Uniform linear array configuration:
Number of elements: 64
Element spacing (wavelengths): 1
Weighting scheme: uniform
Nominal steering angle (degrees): -45
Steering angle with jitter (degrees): -46.501
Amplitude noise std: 0.05
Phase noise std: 0.05

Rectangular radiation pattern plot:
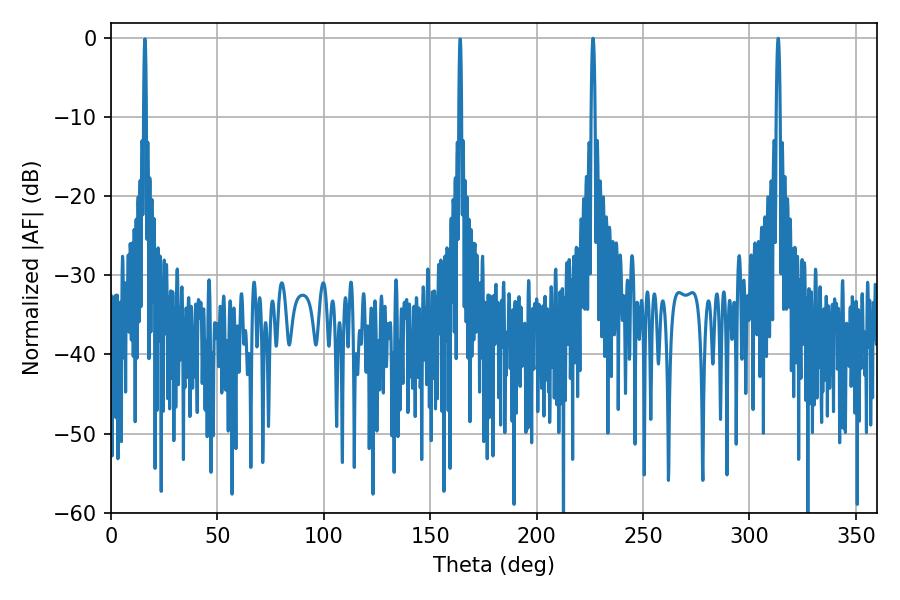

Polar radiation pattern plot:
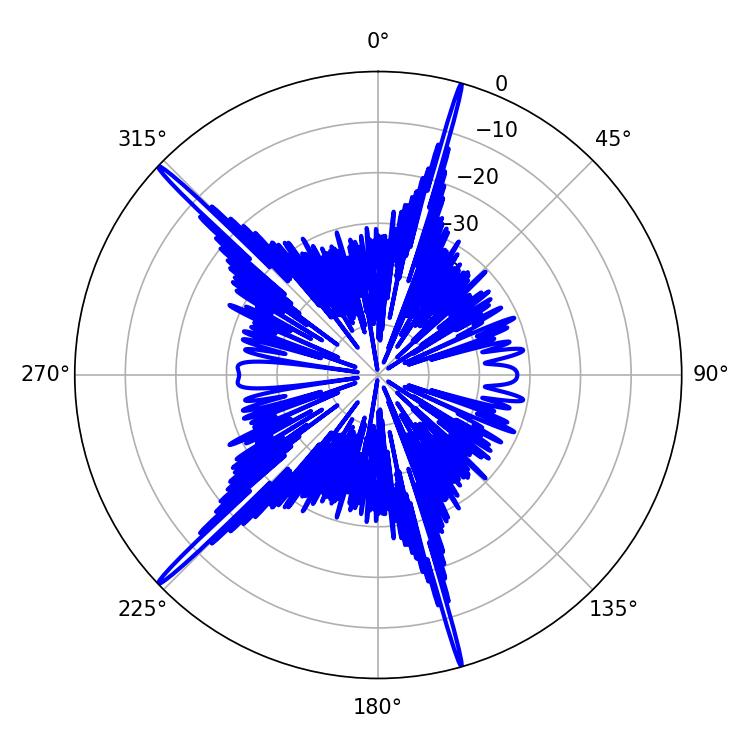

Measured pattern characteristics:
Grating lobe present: TRUE
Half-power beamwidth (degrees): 0.9
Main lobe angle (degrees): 226.44